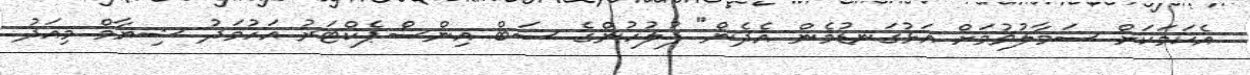
އެކަމަކަށް ސަމާލުވުމަށް އަޅުގަނޑުމެން އެދެން" ފުލުހުންގެ ސަބް އިންސްޕެކްޓަރު އަހުމަދު ޝިޔާމް މިއަދު